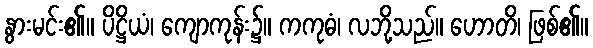
နွားမင်း၏။ ပိဋ္ဌိယံ၊ ကျောကုန်း၌။ ကကုဓံ၊ လဘို့သည်။ ဟောတိ၊ ဖြစ်၏။